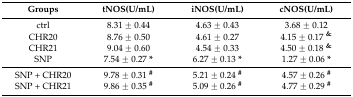
| Groups | tNOS(U/mL) | iNOS(U/mL) | cNOS(U/mL) |
 | --- | --- | --- | --- |
 | ctrl | 8.31 ± 0.44 | 4.63 ± 0.43 | 3.68 ± 0.12 |
 | CHR20 | 8.76 ± 0.50 | 4.61 ± 0.27 | 4.15 ± 0.17 & |
 | CHR21 | 9.04 ± 0.60 | 4.54 ± 0.33 | 4.50 ± 0.18 & |
 | SNP | 7.54 ± 0.27 * | 6.27 ± 0.13 * | 1.27 ± 0.06 * |
 | SNP + CHR20 | 9.78 ± 0.31 # | 5.21 ± 0.24 # | 4.57 ± 0.26 # |
 | SNP + CHR21 | 9.86 ± 0.35 # | 5.09 ± 0.26 # | 4.77 ± 0.29 # |